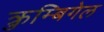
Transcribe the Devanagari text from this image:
क्रुम्बिगेल